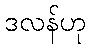
ဒလန်ဟု